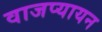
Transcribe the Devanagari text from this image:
वाजप्यायन